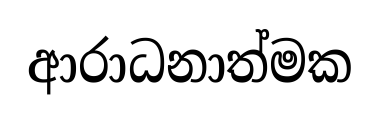
ආරාධනාත්මක